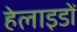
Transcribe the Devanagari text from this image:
हेलाइडों